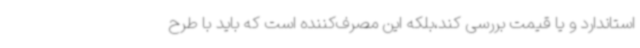
استاندارد و یا قیمت بررسی کند،بلکه این مصرف‌کننده است که باید با طرح